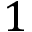
1